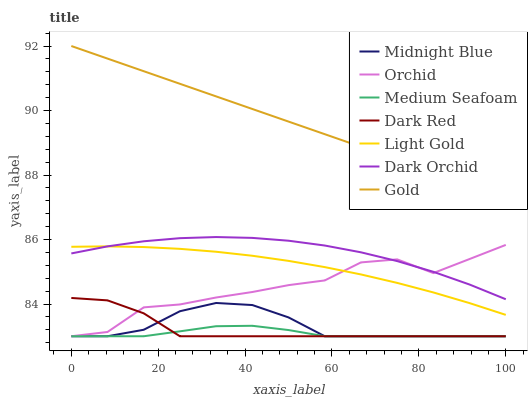
| xaxis_label | Midnight Blue | Orchid | Medium Seafoam | Dark Red | Light Gold | Dark Orchid | Gold |
 | --- | --- | --- | --- | --- | --- | --- | --- |
 | 0 | 83 | 83 | 83 | 84.2 | 85.8 | 85.6 | 92 |
 | 8.33 | 83 | 83.1 | 83 | 84.1 | 85.8 | 85.8 | 91.6 |
 | 16.7 | 83.2 | 83.9 | 83 | 83.7 | 85.8 | 85.9 | 91.2 |
 | 25 | 83.8 | 84 | 83.2 | 83 | 85.7 | 86 | 90.8 |
 | 33.3 | 84 | 84.2 | 83.3 | 83 | 85.6 | 86.1 | 90.4 |
 | 41.7 | 84 | 84.4 | 83.3 | 83 | 85.5 | 86.1 | 90 |
 | 50 | 83.6 | 84.6 | 83.2 | 83 | 85.3 | 86 | 89.7 |
 | 58.3 | 83 | 84.7 | 83 | 83 | 85.1 | 85.8 | 89.3 |
 | 66.7 | 83 | 85.3 | 83 | 83 | 84.9 | 85.6 | 88.9 |
 | 75 | 83 | 85.4 | 83 | 83 | 84.7 | 85.3 | 88.5 |
 | 83.3 | 83 | 85 | 83 | 83 | 84.4 | 85 | 88.1 |
 | 91.7 | 83 | 85.4 | 83 | 83 | 84 | 84.6 | 87.7 |
 | 100 | 83 | 85.8 | 83 | 83 | 83.7 | 84.1 | 87.3 |